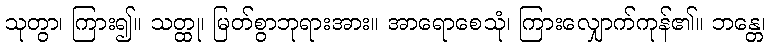
သုတွာ၊ ကြား၍။ သတ္ထု၊ မြတ်စွာဘုရားအား။ အာရောစေသုံ၊ ကြားလျှောက်ကုန်၏။ ဘန္တေ၊